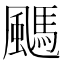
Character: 䬚